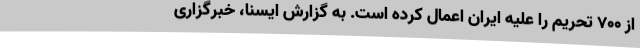
از ۷۰۰ تحریم را علیه ایران اعمال کرده است. به گزارش ایسنا، خبرگزاری